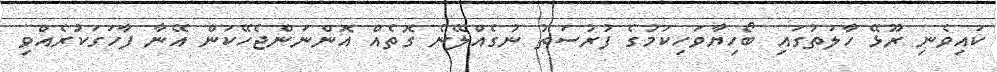
ކައިވެނި ރޫޅޭ ހާލަތުގައި ބޯހިޔާވަހިކަމުގެ ފުރުސަތު ނުގެއްލޭނެ ގޮތެއް އޮންނަންޖެހޭކަން އޭނާ ފާހަގަކުރެއްވި